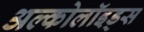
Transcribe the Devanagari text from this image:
अल्कोलॉइड्स